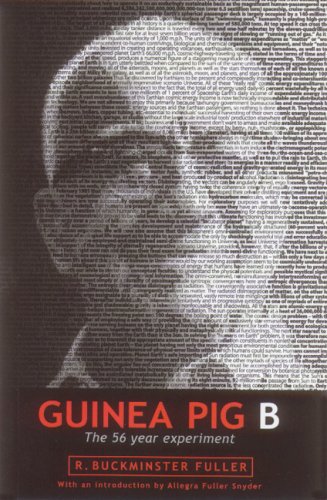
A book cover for Guinea Pig B: The 56 Year Experiment; R. Buckminster Fuller; Politics & Social Sciences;